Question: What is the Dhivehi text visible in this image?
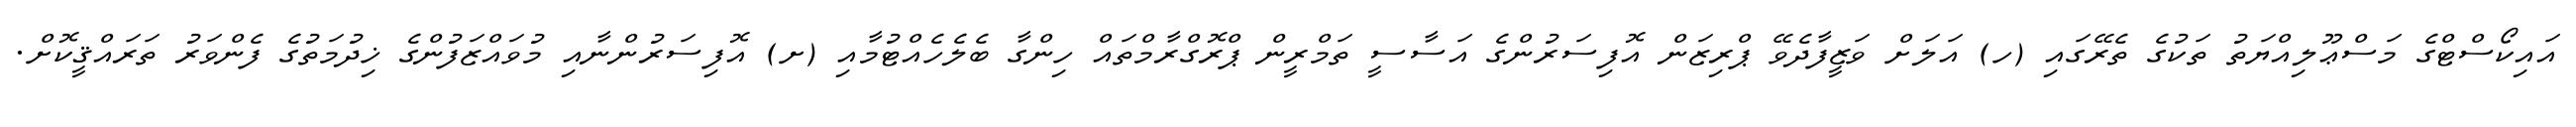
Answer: އައިކޯސްޓްގެ މަސްޢޫލިއްޔަތު ތަކުގެ ތެރޭގައި (ހ) އަލަށް ވަޒީފާދެވޭ ޕްރިޒަން އޮފިސަރުންގެ އަސާސީ ތަމްރީން ޕްރޮގްރާމްތައް ހިންގާ ބެލެހެއްޓުމާއި (ށ) އޮފިސަރުންނާއި މުވައްޒަފުންގެ ޚިދުމަތުގެ ފެންވަރު ތަރައްޤީކޮށް.